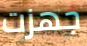
جهزت